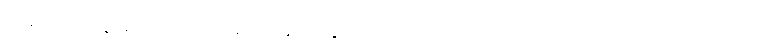
တရားကို။ န ဓာရေတိ၊ မမှတ်ဆောင်နိုင်။ သော (ပုဂ္ဂလော)၊ ထိုပုဂ္ဂိုလ်ကို။ ဧဝံ၊ ဤသို့။